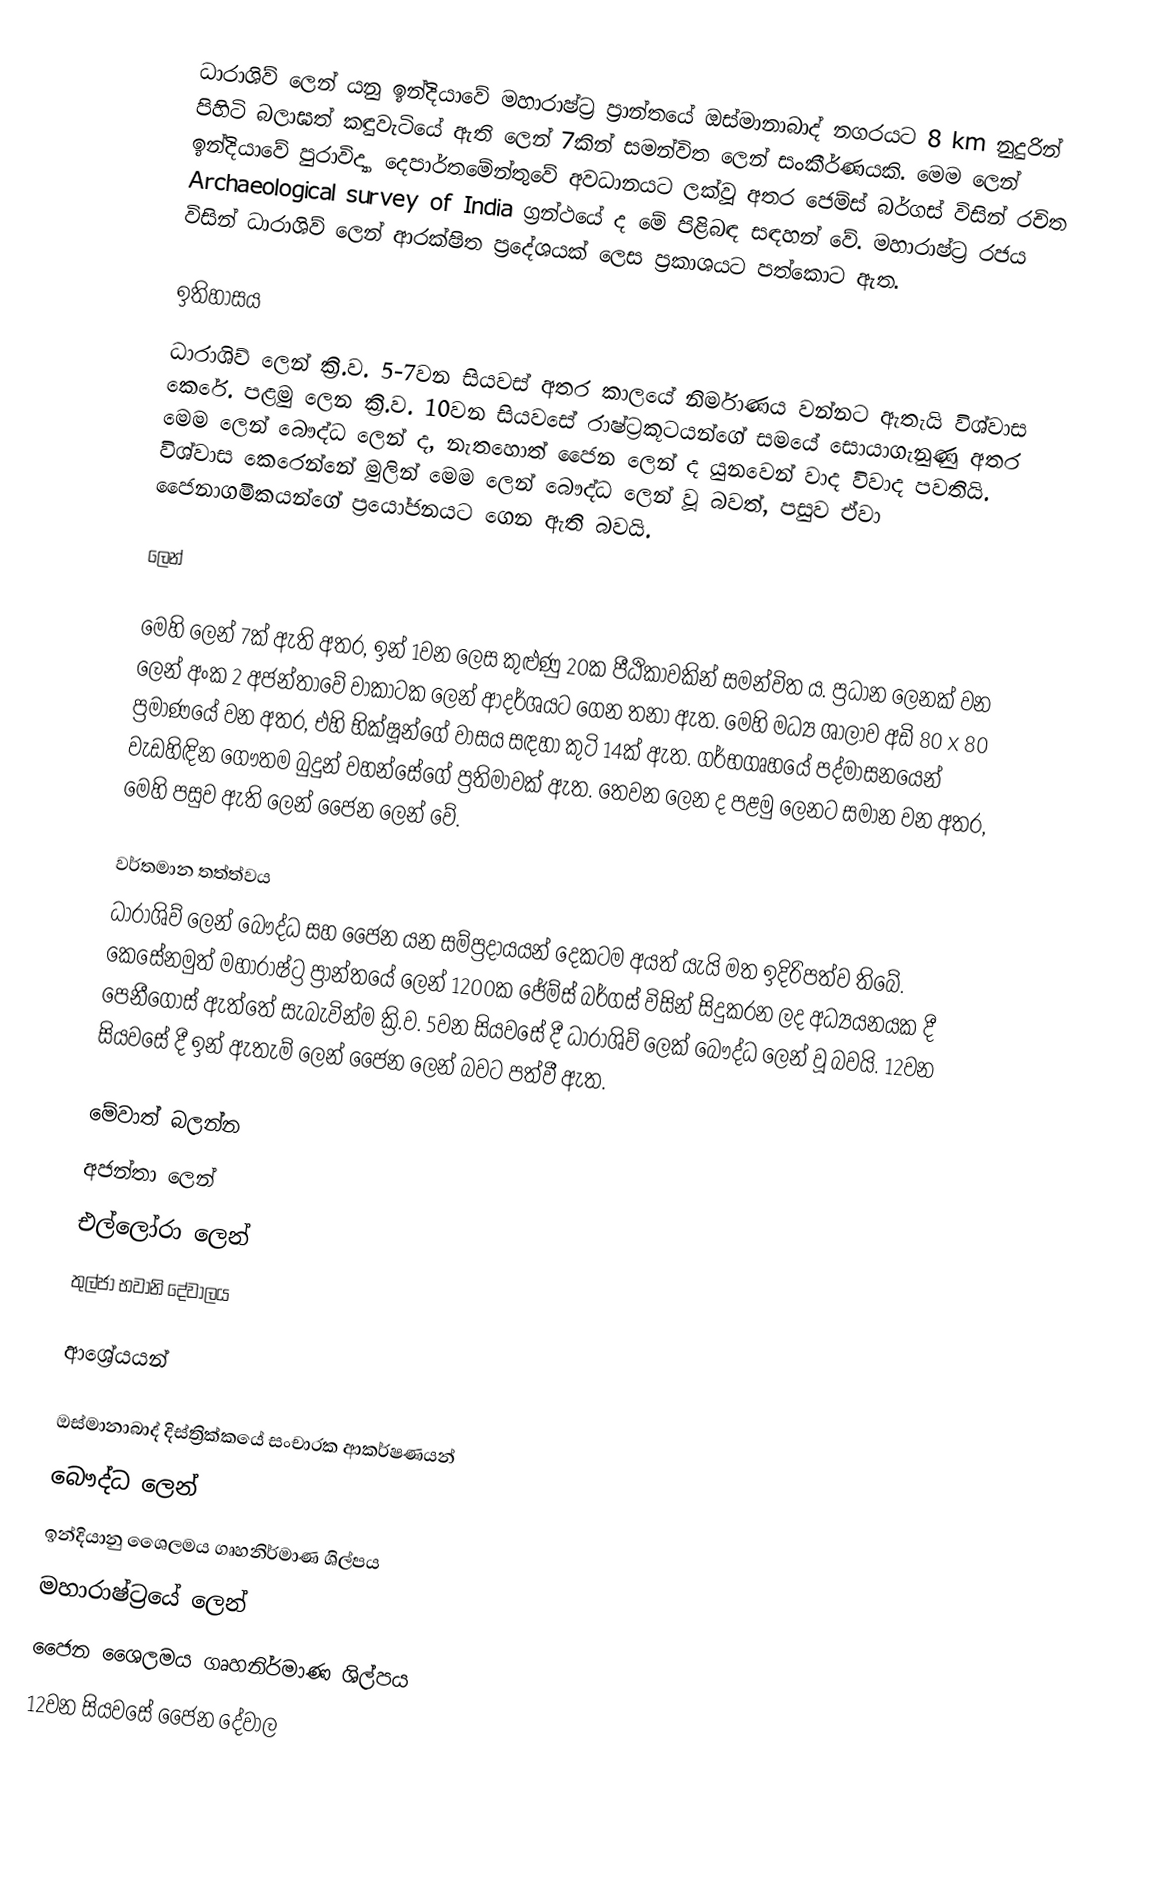
ධාරාශිව් ලෙන් යනු ඉන්දියාවේ මහාරාෂ්ට්‍ර ප්‍රාන්තයේ ඔස්මානාබාද් නගරයට 8 km නුදුරින් පිහිටි බලාඝත් කඳුවැටියේ ඇති ලෙන් 7කින් සමන්විත ලෙන් සංකීර්ණයකි. මෙම ලෙන් ඉන්දියාවේ පුරාවිද්‍යා දෙපාර්තමේන්තුවේ අවධානයට ලක්වූ අතර ජෙම්ස් බර්ගස් විසින් රචිත Archaeological survey of India ග්‍රන්ථයේ ද මේ පිළිබඳ සඳහන් වේ. මහාරාෂ්ට්‍ර රජය විසින් ධාරාශිව් ලෙන් ආරක්ෂිත ප්‍රදේශයක් ලෙස ප්‍රකාශයට පත්කොට ඇත.

ඉතිහාසය
ධාරාශිව් ලෙන් ක්‍රි.ව. 5-7වන සියවස් අතර කාලයේ නිර්මාණය වන්නට ඇතැයි විශ්වාස කෙරේ. පළමු ලෙන ක්‍රි.ව. 10වන සියවසේ රාෂ්ට්‍රකූටයන්ගේ සමයේ සොයාගැනුණු අතර මෙම ලෙන් බෞද්ධ ලෙන් ද, නැතහොත් ජෛන ලෙන් ද යුනවෙන් වාද විවාද පවතියි. විශ්වාස කෙරෙන්නේ මුලින් මෙම ලෙන් බෞද්ධ ලෙන් වූ බවත්, පසුව ඒවා ජෛනාගමිකයන්ගේ ප්‍රයෝජනයට ගෙන ඇති බවයි.

ලෙන්

මෙහි ලෙන් 7ක් ඇති අතර,  ඉන් 1වන ලෙස කුළුණු 20ක පීඨිකාවකින් සමන්විත ය. ප්‍රධාන ලෙනක් වන ලෙන් අංක 2 අජන්තාවේ වාකාටක ලෙන් ආදර්ශයට ගෙන තනා ඇත. මෙහි මධ්‍ය ශාලාව අඩි 80 x 80 ප්‍රමාණයේ වන අතර, එහි භික්ෂූන්ගේ වාසය සඳහා කුටි 14ක් ඇත. ගර්භගෘහයේ පද්මාසනයෙන් වැඩහිඳින ගෞතම බුදුන් වහන්සේගේ ප්‍රතිමාවක් ඇත. තෙවන ලෙන ද පළමු ලෙනට සමාන වන අතර, මෙහි පසුව ඇති ලෙන් ජෛන ලෙන් වේ.

වර්තමාන තත්ත්වය
ධාරාශිව් ලෙන් බෞද්ධ සහ ජෛන යන සම්ප්‍රදායයන් දෙකටම අයත් යැයි මත ඉදිරිපත්ව තිබේ. කෙසේනමුත් මහාරාෂ්ට්‍ර ප්‍රාන්තයේ ලෙන් 1200ක ජේම්ස් බර්ගස් විසින් සිදුකරන ලද අධ්‍යයනයක දී පෙනීගොස් ඇත්තේ සැබැවින්ම ක්‍රි.ව. 5වන සියවසේ දී ධාරාශිව් ලෙක් බෞද්ධ ලෙන් වූ බවයි. 12වන සියවසේ දී ඉන් ඇතැම් ලෙන් ජෛන ලෙන් බවට පත්වී ඇත.

මේවාත් බලන්න
 අජන්තා ලෙන්
 එල්ලෝරා ලෙන්
 තුල්ජා භවානි දේවාලය

ආශ්‍රේයයන්

ඔස්මානාබාද් දිස්ත්‍රික්කයේ සංචාරක ආකර්ෂණයන්
බෞද්ධ ලෙන්
ඉන්දියානු ශෛලමය ගෘහනිර්මාණ ශිල්පය
මහාරාෂ්ට්‍රයේ ලෙන්
ජෛන ශෛලමය ගෘහනිර්මාණ ශිල්පය
12වන සියවසේ ජෛන ‍දේවාල